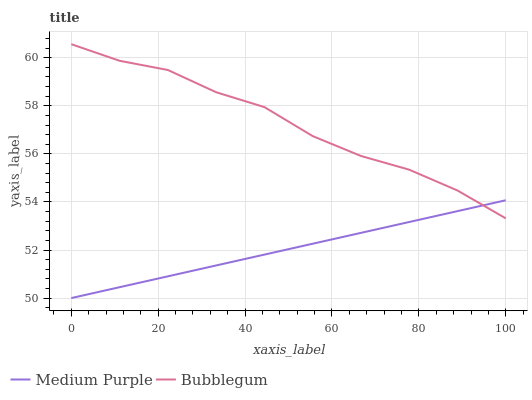
| xaxis_label | Medium Purple | Bubblegum |
 | --- | --- | --- |
 | 0 | 50 | 60.6 |
 | 11.1 | 50.5 | 59.9 |
 | 22.2 | 50.9 | 59.5 |
 | 33.3 | 51.4 | 58.6 |
 | 44.4 | 51.8 | 57.9 |
 | 55.6 | 52.3 | 56.7 |
 | 66.7 | 52.7 | 55.9 |
 | 77.8 | 53.2 | 55.3 |
 | 88.9 | 53.6 | 54.5 |
 | 100 | 54.1 | 53.3 |